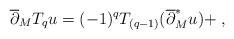
LaTeX: \begin{align*}\overline{\partial}_{M}T_{q}u = (-1)^{q}T_{(q-1)}(\overline{\partial}_{M}^{*}u) + \;,\end{align*}